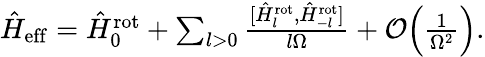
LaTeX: \begin{array}{r}{\hat{H}_{\mathrm{eff}}=\hat{H}_{0}^{\mathrm{rot}}+\sum_{l>0}\frac{[\hat{H}_{l}^{\mathrm{rot}},\hat{H}_{-l}^{\mathrm{rot}}]}{l\Omega}+\mathcal{O}\Bigl(\frac{1}{\Omega^{2}}\Bigl).}\end{array}